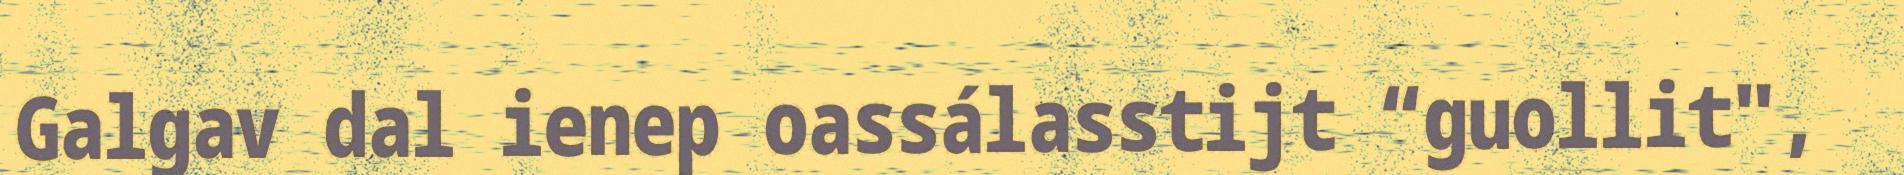
Galgav dal ienep oassálasstijt “guollit",